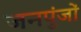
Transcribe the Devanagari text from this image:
जनपुंजों